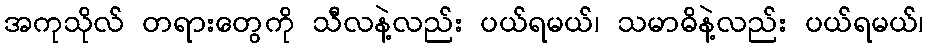
အကုသိုလ် တရားတွေကို သီလနဲ့လည်း ပယ်ရမယ်၊ သမာဓိနဲ့လည်း ပယ်ရမယ်၊